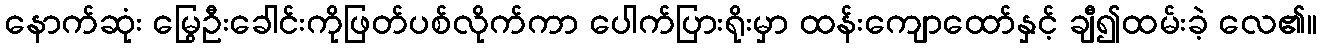
နောက်ဆုံး မြွေဦးခေါင်းကိုဖြတ်ပစ်လိုက်ကာ ပေါက်ပြားရိုးမှာ ထန်းကျောထော်နှင့် ချီ၍ထမ်းခဲ့ လေ၏။